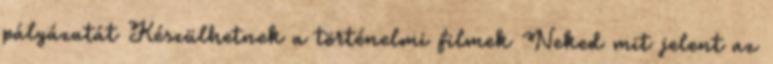
pályázatát Készülhetnek a történelmi filmek Neked mit jelent az